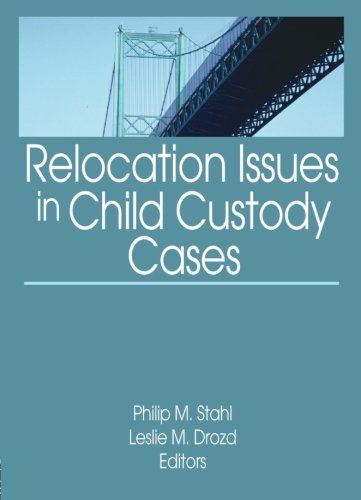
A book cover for Relocation Issues in Child Custody Cases; Law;